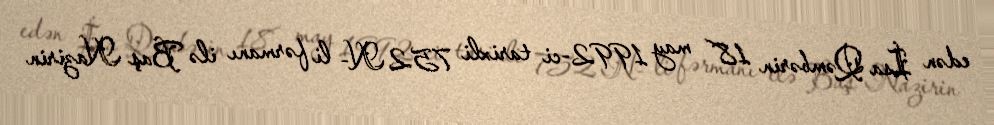
edən İsa Qəmbərin 18 may 1992-ci tarixli 752 N- li fərmanı ilə Baş Nazirin